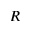
R